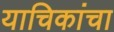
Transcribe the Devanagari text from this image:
याचिकांचा